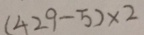
( 4 2 9 - 5 ) \times 2